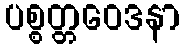
ပစ္စတ္တဝေဒနာ